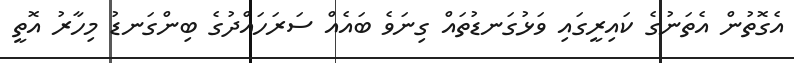
އެގޮތުން އެތަނުގެ ކައިރީގައި ވަޅުގަނޑުތައް ގިނަވެ ބައެއް ސަރަހައްދުގެ ބިންގަނޑު މިހާރު އޮތީ